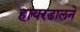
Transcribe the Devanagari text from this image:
हायरडालने